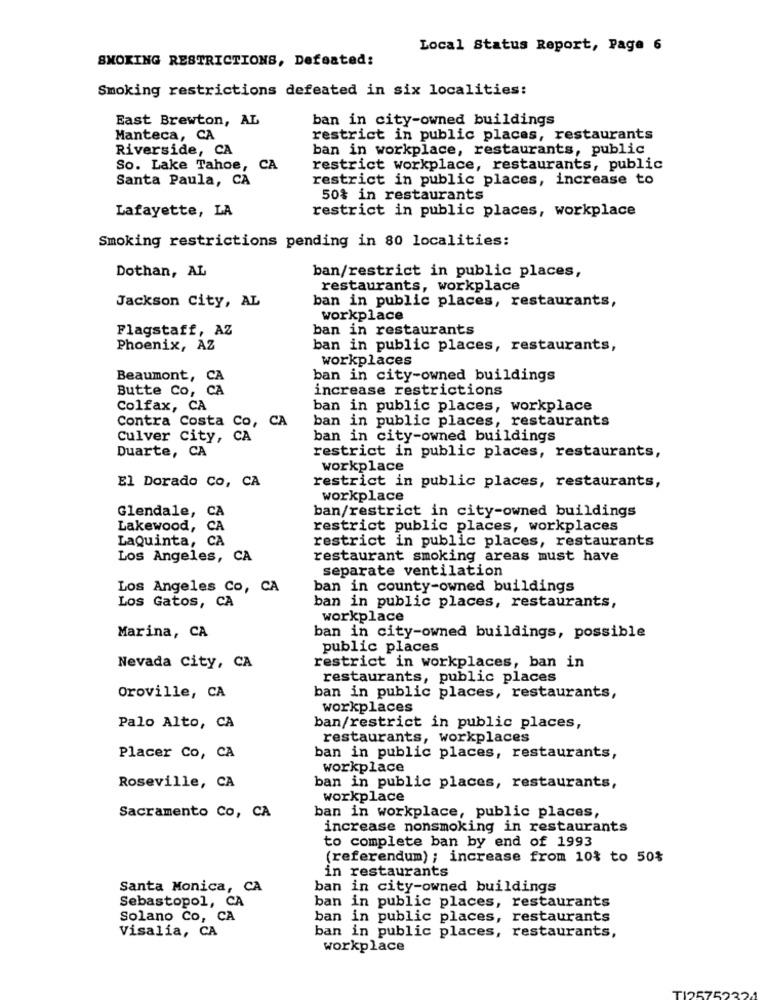
Local Status Report, Page 6
SMOKING RESTRICTIONS, Defeated:
Smoking restrictions defeated in six localities:
East Brewton, AL
ban in city-owned buildings
Manteca, CA
restrict in public places, restaurants
Riverside, CA
ban in workplace, restaurants, public
So. Lake Tahoe, CA
restrict workplace, restaurants, public
Santa Paula, CA
restrict in public places, increase to
50% in restaurants
Lafayette, LA
restrict in public places, workplace
Smoking restrictions pending in 80 localities:
Dothan, AL
ban/restrict in public places,
restaurants, workplace
Jackson City, AL
ban in public places, restaurants,
workplace
Flagstaff, AZ
ban in restaurants
Phoenix, AZ
ban in public places, restaurants,
workplaces
Beaumont, CA
ban in city-owned buildings
Butte Co, CA
increase restrictions
Colfax, CA
ban in public places, workplace
ban in public places, restaurants
Contra Costa Co, CA
Culver City, CA
ban in city-owned buildings
Duarte, CA
restrict in public places, restaurants,
workplace
El Dorado Co, CA
restrict in public places, restaurants,
workplace
Glendale,
CA
ban/restrict in city-owned buildings
Lakewood,
CA
restrict public places, workplaces
LaQuinta, CA
restrict in public places, restaurants
Los Angeles, CA
restaurant smoking areas must have
separate ventilation
Los Angeles Co, CA
ban in county-owned buildings
Los Gatos, CA
ban in public places, restaurants,
workplace
Marina, CA
ban in city-owned buildings, possible
public places
restrict in workplaces, ban in
Nevada City, CA
restaurants, public places
Oroville, CA
ban in public places, restaurants,
workplaces
Palo Alto, CA
ban/restrict in public places,
restaurants, workplaces
Placer Co, CA
ban in public places, restaurants,
workplace
Roseville, CA
ban in public places, restaurants,
workplace
Sacramento Co, CA
ban in workplace, public places,
increase nonsmoking in restaurants
to complete ban by end of 1993
(referendum) ; increase from 10% to 50%
in restaurants
Santa Monica, CA
ban in city-owned buildings
Sebastopol, CA
ban in public places, restaurants
Solano Co, CA
ban in public places, restaurants
Visalia, CA
ban in public places, restaurants,
workplace
25752